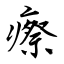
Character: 瘵